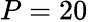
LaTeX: P=20